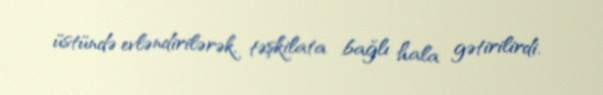
üstündə evləndirilərək, təşkilata bağlı hala gətirilirdi.